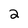
Character: 2